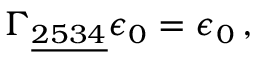
\Gamma _ { \underline { { { 2 5 3 4 } } } } \epsilon _ { 0 } = \epsilon _ { 0 } \, , \qquad